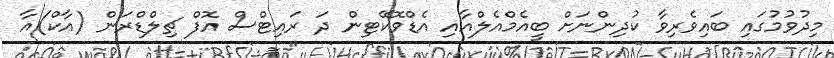
މިދުވުމުގައި ބައިވެރިވާ ކުދިންނަށް ބީއެމްއެލްއާއި އެޑްވޮކޭޓިން ދަ ރައިޓްސް އޮފް ޗިލްޑްރަން (އާކް)އާ